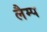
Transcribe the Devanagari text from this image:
लैम्‍प